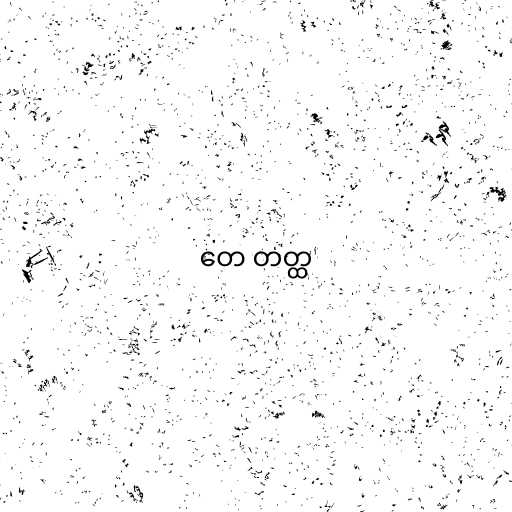
တေ တတ္ထ